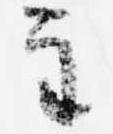
主